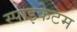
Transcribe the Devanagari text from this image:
स्पाइकेटम